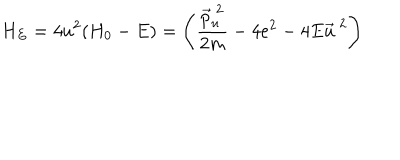
H _ { E } = 4 u ^ { 2 } ( H _ { 0 } - E ) = \left( \frac { \vec { p } _ { u } ^ { ~ 2 } } { 2 m } - 4 e ^ { 2 } - 4 E \vec { u } ^ { ~ 2 } \right)